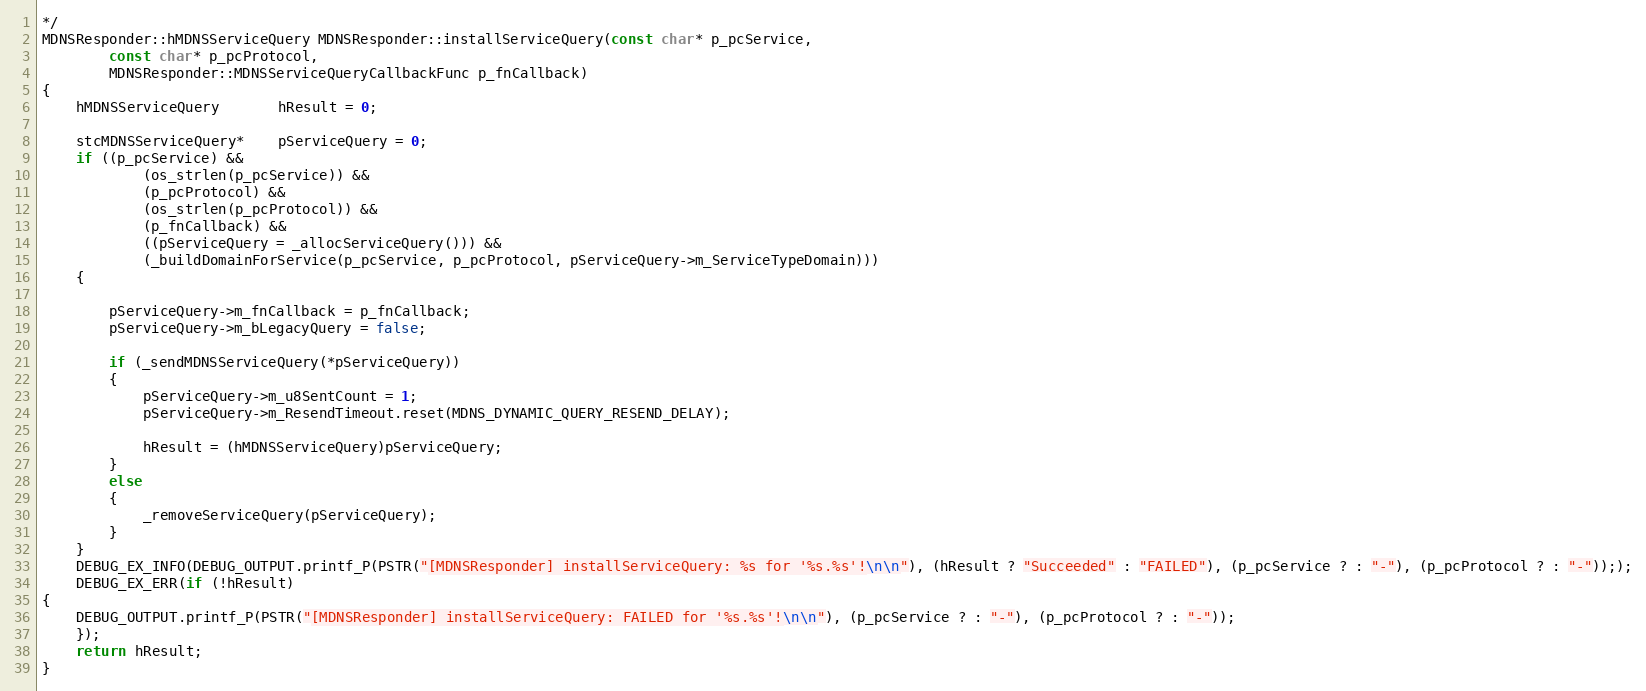
Language: C++
*/
MDNSResponder::hMDNSServiceQuery MDNSResponder::installServiceQuery(const char* p_pcService,
        const char* p_pcProtocol,
        MDNSResponder::MDNSServiceQueryCallbackFunc p_fnCallback)
{
    hMDNSServiceQuery       hResult = 0;

    stcMDNSServiceQuery*    pServiceQuery = 0;
    if ((p_pcService) &&
            (os_strlen(p_pcService)) &&
            (p_pcProtocol) &&
            (os_strlen(p_pcProtocol)) &&
            (p_fnCallback) &&
            ((pServiceQuery = _allocServiceQuery())) &&
            (_buildDomainForService(p_pcService, p_pcProtocol, pServiceQuery->m_ServiceTypeDomain)))
    {

        pServiceQuery->m_fnCallback = p_fnCallback;
        pServiceQuery->m_bLegacyQuery = false;

        if (_sendMDNSServiceQuery(*pServiceQuery))
        {
            pServiceQuery->m_u8SentCount = 1;
            pServiceQuery->m_ResendTimeout.reset(MDNS_DYNAMIC_QUERY_RESEND_DELAY);

            hResult = (hMDNSServiceQuery)pServiceQuery;
        }
        else
        {
            _removeServiceQuery(pServiceQuery);
        }
    }
    DEBUG_EX_INFO(DEBUG_OUTPUT.printf_P(PSTR("[MDNSResponder] installServiceQuery: %s for '%s.%s'!\n\n"), (hResult ? "Succeeded" : "FAILED"), (p_pcService ? : "-"), (p_pcProtocol ? : "-")););
    DEBUG_EX_ERR(if (!hResult)
{
    DEBUG_OUTPUT.printf_P(PSTR("[MDNSResponder] installServiceQuery: FAILED for '%s.%s'!\n\n"), (p_pcService ? : "-"), (p_pcProtocol ? : "-"));
    });
    return hResult;
}